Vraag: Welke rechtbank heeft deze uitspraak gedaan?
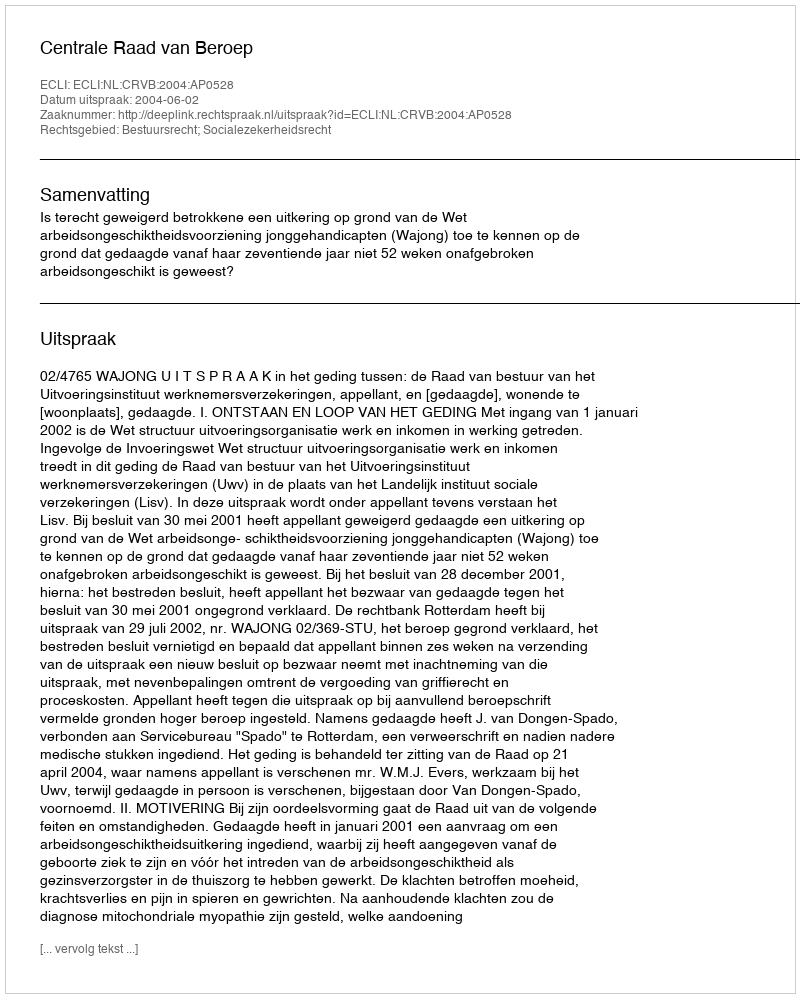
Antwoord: Centrale Raad van Beroep